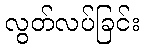
လွတ်လပ်ခြင်း